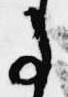
事